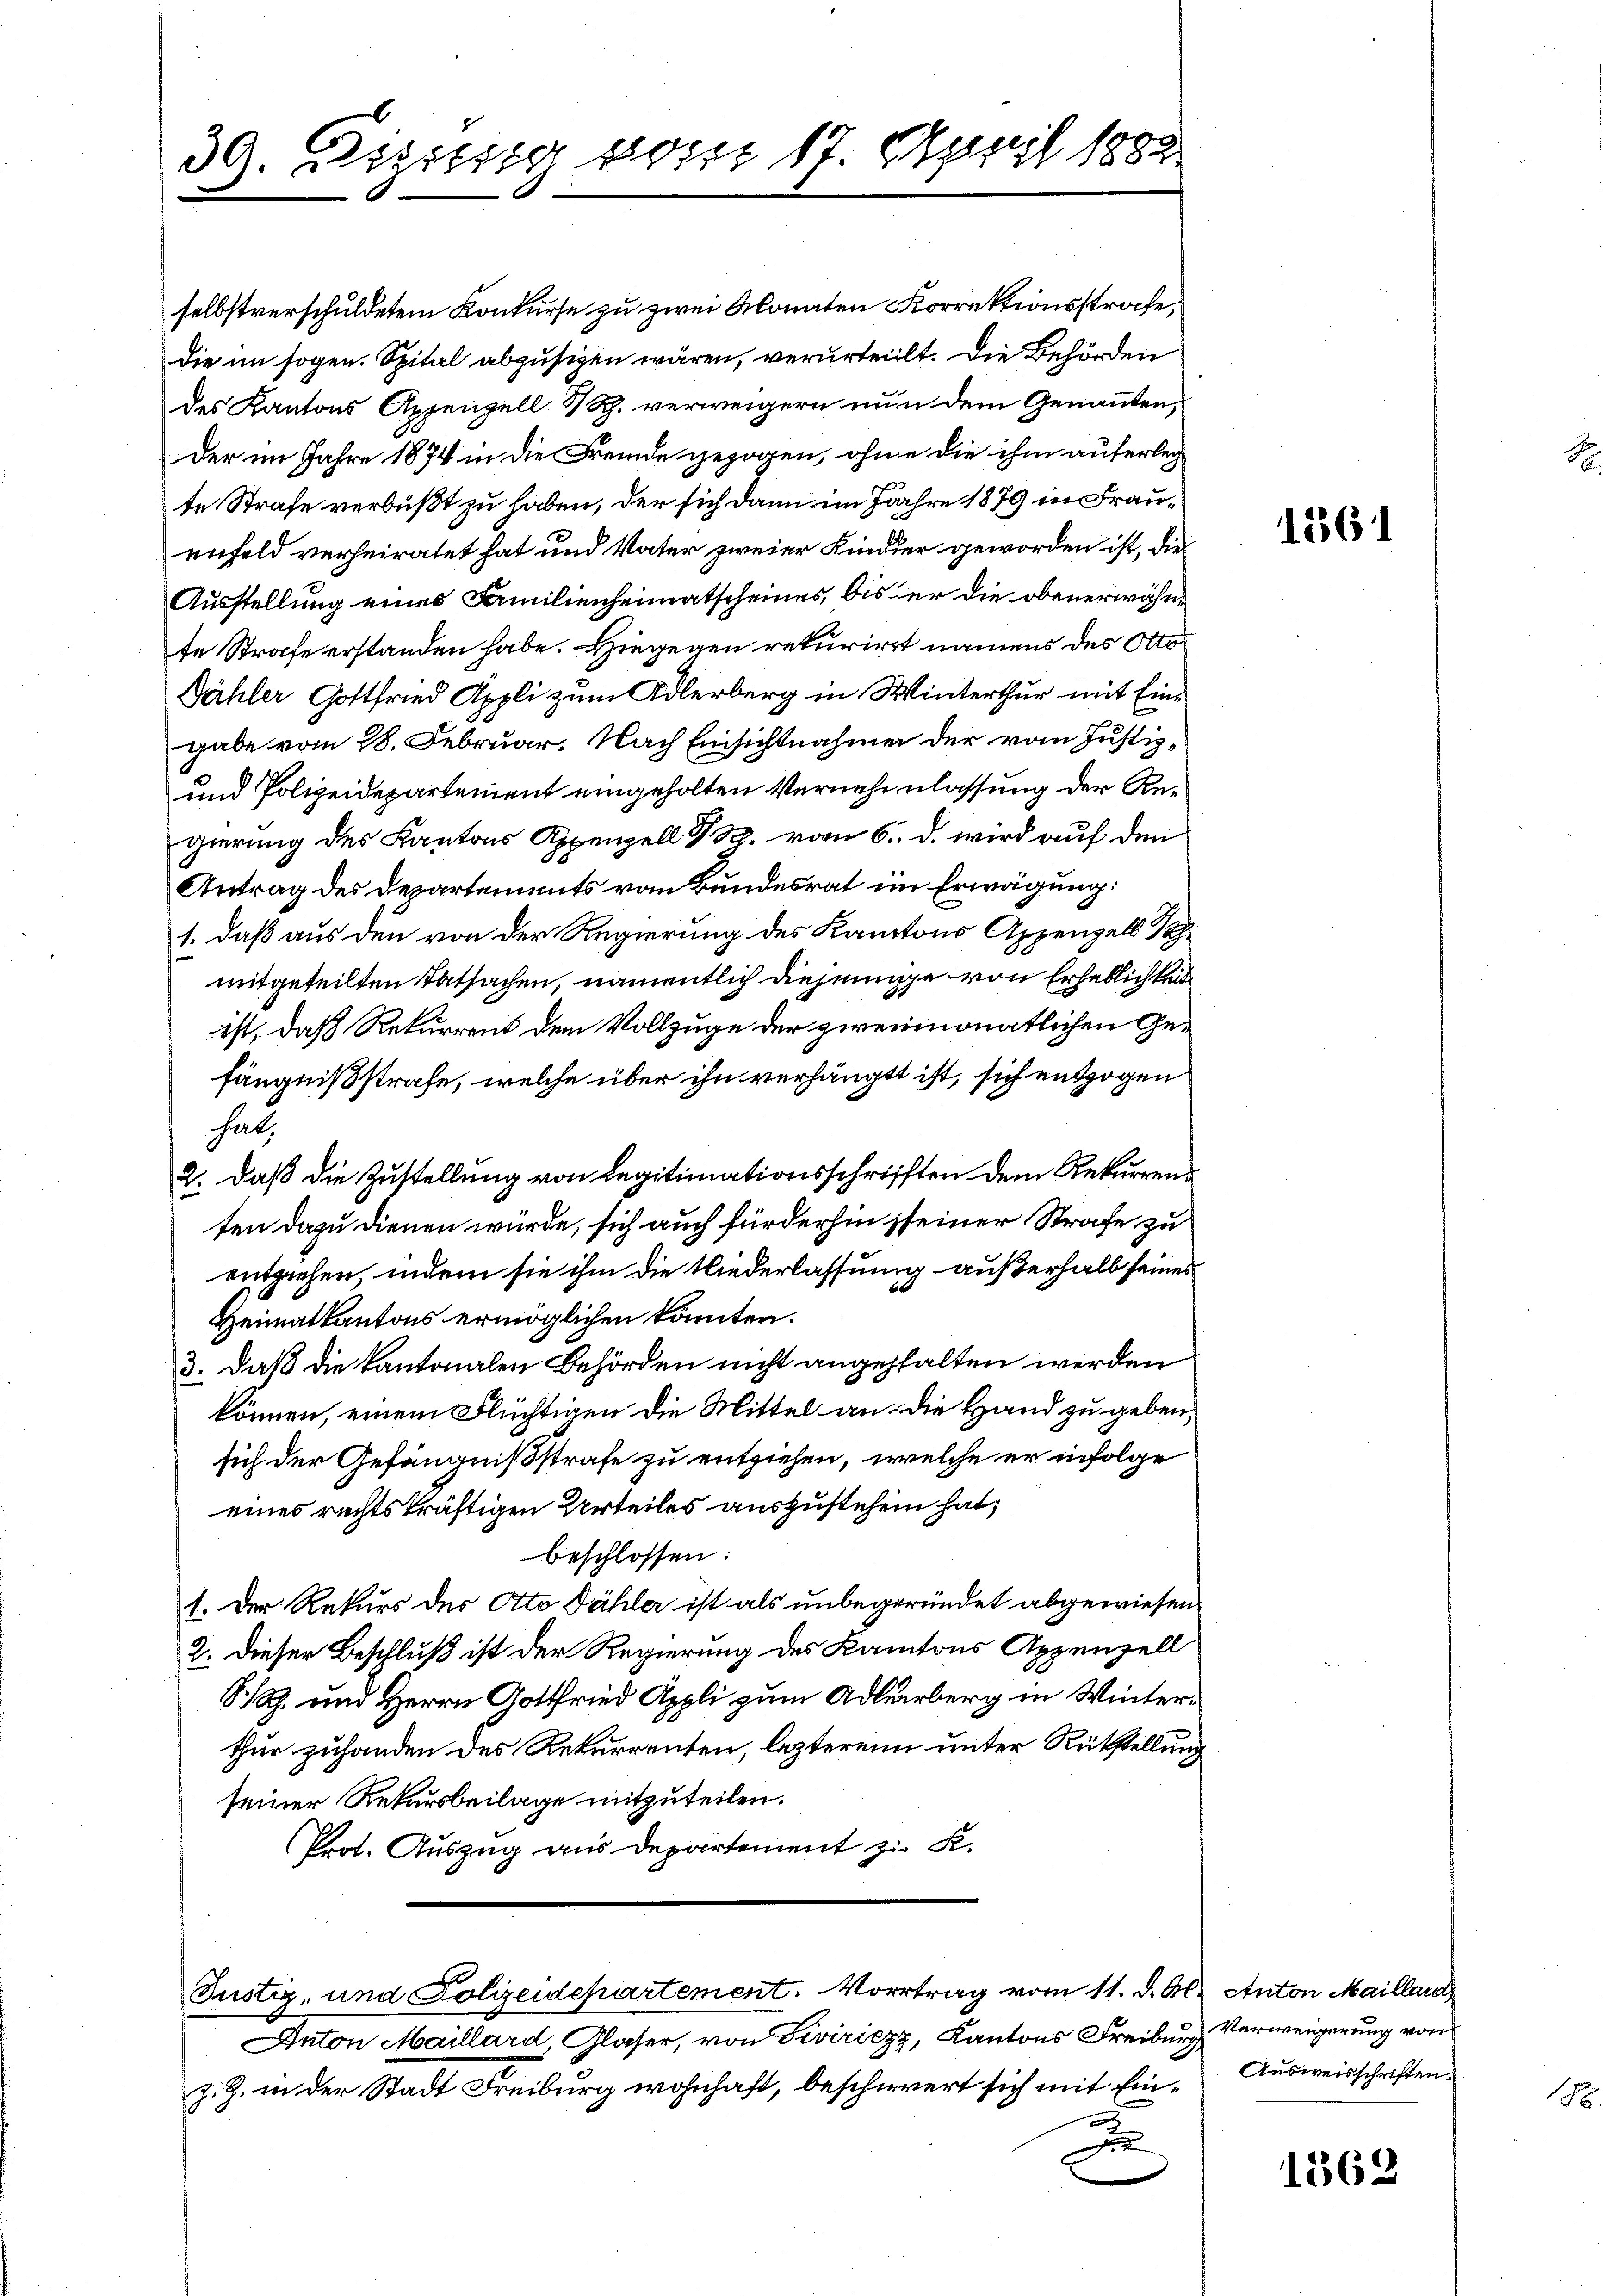
39. Digsssig vorst 17. April 1882

selbstverschuldetem Konkurse zu zwei Monaten Korrektionsstrache,
die im sogen. Spital abzusigen wären, verurteilt. Die Behörden
des Kantons Appenzell 3 Rp. verweigern nun dem Genannten,
Der im Jahre 1874 in die Fremde gezogen, ohne die ihm auferleg
te Strafe verbußt zu haben, der sich dann im Jahre 1879 in Frauenfeld verheiratet hat und Vater zweier Kinder geworden ist, die
Ausstellung eines Familienheimatscheines, bis er die obenerwähnte Strafe erstanden habe. Hiegegen rekurirrt namens des Otto¬
Dähler Gottfried Appli zum Adlerberg in Winterthur mit Eingabe vom 28. Februar. Nach Einsichtnahme der vom Justiz¬
und Polizeidepartement eingeholten Vernehmlassung der Regierung des Kantons Appenzell M. vom 6. d. wird auf den
Antrag des Departements vom Bundesrat im Erwägung:
1. daß aus den von der Regierung des Kantons Appenzell Pa
mitgeteilten Tatsachen, namentlich diejenige von Erheblichkeit
ist, daß Rekurrent dem Vollzuge der zweimonatlichen Gefängnißstrafe, welche über ihn verhängt ist, sich entzogen
hat,
2. daß die Zustellung von Legitimationsschriften dem Rekurrenten dazu dienen würde, sich auch fürderhin sseiner Strafe zu
entziehen, indem sie ihm die Niederlassung außerhalb seines
Heimatkantons ermöglichen könnten.
3. daß die kantonalen Behörden nicht angehalten werden
können, einem Flüchtigen die Mittel an die Hand zu geben,
sich der Gefängnißstrafe zu entziehen, welche er infolge
eines rechtskräftigen Urteiles auszustehen hat,
beschlossen:
1. Der Rekurs des Ato Dähler ist als unbegründet abgewiesen.
2. Dieser Beschluß ist der Regierung des Kantons Appenzell
SR. und Herrn Gottfried Appli zum Adlerberg in Winterthur zuhanden des Rekurrenten, lezteren unter Rückstellung
seiner Rekursbeilage mitzuteilen.
Prot. Auszug aus Departement zu S.

Justiz, und Polizeidepartement. Vortrag vom 11. d. A. Anton Maillard,

Anton Maillard, Glaser, von Siviriczy, Kantons Freiburg, Verweigerung von
z. Z. in der Stadt Freiburg wohnhaft, beschwert sich mit Ein- Ausweisschriften¬

1361

1362